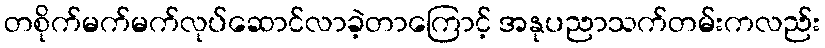
တစိုက်မက်မက်လုပ်ဆောင်လာခဲ့တာကြောင့် အနုပညာသက်တမ်းကလည်း